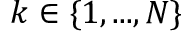
k \in \{ 1 , . . . , N \}